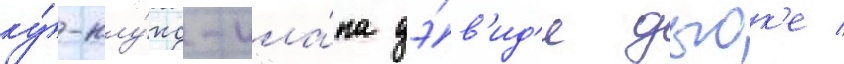
ку́-клу́кс-кла́на дэ́в'ид'е дьюк'е /